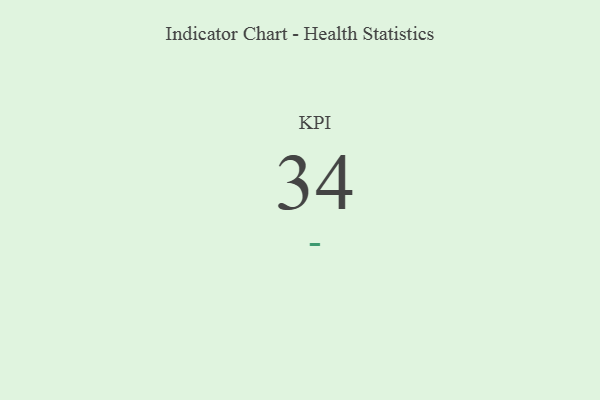
{"axis": {"x": "KPI", "y": "Value"}, "legend": [""], "data": [{"x": "KPI", "y": 34, "type": ""}]}